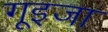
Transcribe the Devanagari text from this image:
गूइजा